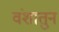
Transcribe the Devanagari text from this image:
वंशातुन